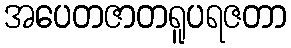
အပေတဇာတရူပရဇတာ